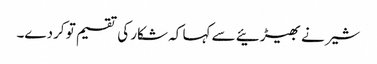
شیر نے بھیڑئیے سے کہا کہ شکار کی تقسیم تو کردے۔